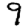
Digit: 9